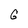
Character: G